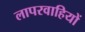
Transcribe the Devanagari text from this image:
लापरवाहियों